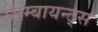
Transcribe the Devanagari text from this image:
सिम्बायन्ट्स